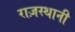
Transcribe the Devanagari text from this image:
राज़स्थानी